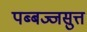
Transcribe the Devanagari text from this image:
पब्बज्जसुत्त